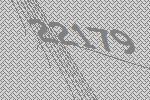
22179